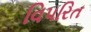
વિપરિત